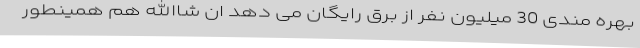
بهره مندی 30 میلیون نفر از برق رایگان می دهد ان شاالله هم همینطور